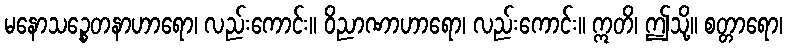
မနောသဉ္စေတနာဟာရော၊ လည်းကောင်း။ ဝိညာဏာဟာရော၊ လည်းကောင်း။ ဣတိ၊ ဤသို့။ စတ္တာရော၊